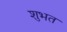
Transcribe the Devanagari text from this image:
शुभत